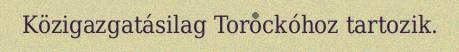
Közigazgatásilag Torockóhoz tartozik.